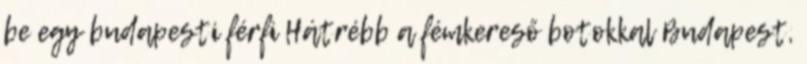
be egy budapesti férfi Hátrébb a fémkereső botokkal Budapest,